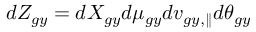
d Z _ { g y } = d X _ { g y } d \mu _ { g y } d v _ { g y , \parallel } d \theta _ { g y }